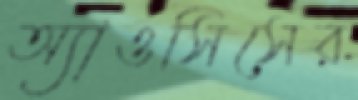
অ্যাওসিসের